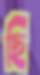
ছি